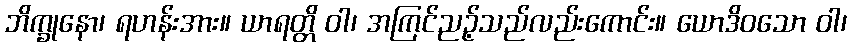
ဘိက္ခုနော၊ ရဟန်းအား။ ယာရတ္တိ ဝါ၊ အကြင်ညဉ့်သည်လည်းကောင်း။ ယောဒိဝသော ဝါ၊